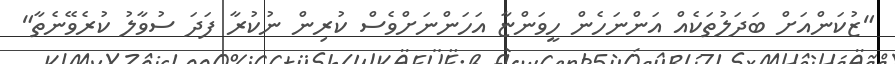
"ޒުކަންއަށް ބަދަލުތަކެއް އަންނަހެން ހީވަންޏާ އަހަންނަށްވެސް ކުރިން ނުކުރާ ފަދަ ސުވާލު ކުރެވޭނެތާ"